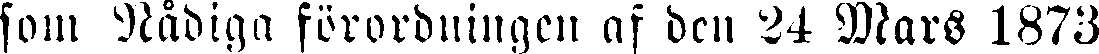
som Nådiga förordningen af den 24 Mars 1873